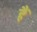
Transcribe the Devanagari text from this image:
हैं